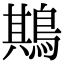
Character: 䳢